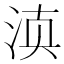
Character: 𰛬